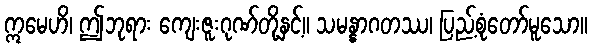
ဣမေဟိ၊ ဤဘုရား ကျေးဇူးဂုဏ်တို့နှင့်။ သမန္နာဂတဿ၊ ပြည့်စုံတော်မူသော။